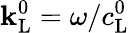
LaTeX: \mathbf{k}_{\mathrm{{L}}}^{0}=\omega/c_{\mathrm{{L}}}^{0}